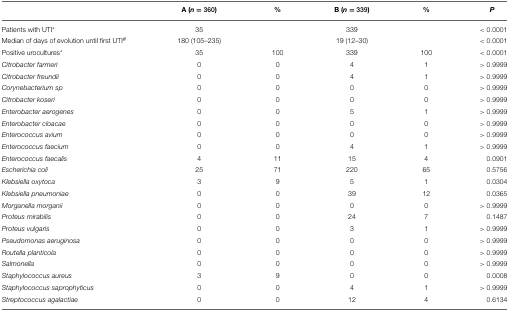
<table><thead><tr><td></td><td><b>A (<i>n</i> = 360)</b></td><td><b>%</b></td><td><b>B (<i>n</i> = 339)</b></td><td><b>%</b></td><td><b><i>P</i></b></td></tr></thead><tbody><tr><td>Patients with UTI<sup>*</sup></td><td>35</td><td></td><td>339</td><td></td><td>&lt;0.0001</td></tr><tr><td>Median of days of evolution until first UTI<sup>#</sup></td><td>180 (105–235)</td><td></td><td>19 (12–30)</td><td></td><td>&lt;0.0001</td></tr><tr><td>Positive urocultures<sup>*</sup></td><td>35</td><td>100</td><td>339</td><td>100</td><td>&lt;0.0001</td></tr><tr><td><i>Citrobacter farmeri</i></td><td>0</td><td>0</td><td>4</td><td>1</td><td>&gt;0.9999</td></tr><tr><td><i>Citrobacter freundii</i></td><td>0</td><td>0</td><td>4</td><td>1</td><td>&gt;0.9999</td></tr><tr><td><i>Corynebacterium sp</i></td><td>0</td><td>0</td><td>0</td><td>0</td><td>&gt;0.9999</td></tr><tr><td><i>Citrobacter koseri</i></td><td>0</td><td>0</td><td>0</td><td>0</td><td>&gt;0.9999</td></tr><tr><td><i>Enterobacter aerogenes</i></td><td>0</td><td>0</td><td>5</td><td>1</td><td>&gt;0.9999</td></tr><tr><td><i>Enterobacter cloacae</i></td><td>0</td><td>0</td><td>0</td><td>0</td><td>&gt;0.9999</td></tr><tr><td><i>Enterococcus avium</i></td><td>0</td><td>0</td><td>0</td><td>0</td><td>&gt;0.9999</td></tr><tr><td><i>Enterococcus faecium</i></td><td>0</td><td>0</td><td>4</td><td>1</td><td>&gt;0.9999</td></tr><tr><td><i>Enterococcus faecalis</i></td><td>4</td><td>11</td><td>15</td><td>4</td><td>0.0901</td></tr><tr><td><i>Escherichia coli</i></td><td>25</td><td>71</td><td>220</td><td>65</td><td>0.5756</td></tr><tr><td><i>Klebsiella oxytoca</i></td><td>3</td><td>9</td><td>5</td><td>1</td><td>0.0304</td></tr><tr><td><i>Klebsiella pneumoniae</i></td><td>0</td><td>0</td><td>39</td><td>12</td><td>0.0365</td></tr><tr><td><i>Morganella morganii</i></td><td>0</td><td>0</td><td>0</td><td>0</td><td>&gt;0.9999</td></tr><tr><td><i>Proteus mirabilis</i></td><td>0</td><td>0</td><td>24</td><td>7</td><td>0.1487</td></tr><tr><td><i>Proteus vulgaris</i></td><td>0</td><td>0</td><td>3</td><td>1</td><td>&gt;0.9999</td></tr><tr><td><i>Pseudomonas aeruginosa</i></td><td>0</td><td>0</td><td>0</td><td>0</td><td>&gt;0.9999</td></tr><tr><td><i>Routella planticola</i></td><td>0</td><td>0</td><td>0</td><td>0</td><td>&gt;0.9999</td></tr><tr><td><i>Salmonella</i></td><td>0</td><td>0</td><td>0</td><td>0</td><td>&gt;0.9999</td></tr><tr><td><i>Staphylococcus aureus</i></td><td>3</td><td>9</td><td>0</td><td>0</td><td>0.0008</td></tr><tr><td><i>Staphylococcus saprophyticus</i></td><td>0</td><td>0</td><td>4</td><td>1</td><td>&gt;0.9999</td></tr><tr><td><i>Streptococcus agalactiae</i></td><td>0</td><td>0</td><td>12</td><td>4</td><td>0.6134</td></tr></tbody></table>